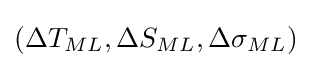
(\Delta T_{ML},\Delta S_{ML},\Delta \sigma _{ML})